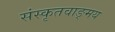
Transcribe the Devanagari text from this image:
संस्कृतवाङ्‌मय